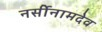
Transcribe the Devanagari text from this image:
नर्सीनामदेव